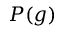
P ( g )